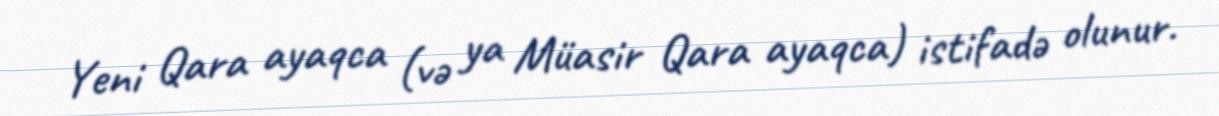
Yeni Qara ayaqca (və ya Müasir Qara ayaqca) istifadə olunur.